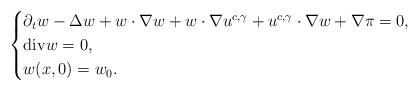
LaTeX: \begin{align*}\begin{cases}\partial_{t}w-\Delta w+w\cdot\nabla w+w\cdot\nabla u^{c,\gamma}+u^{c,\gamma}\cdot\nabla w+\nabla \pi=0,\\\mathrm{div}w=0,\\w(x,0)=w_{0}.\end{cases}\end{align*}